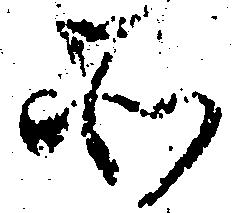
そ